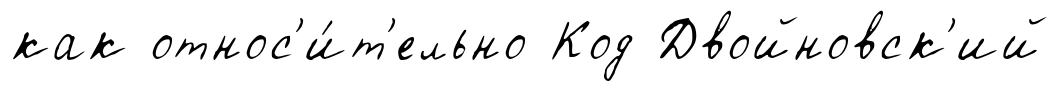
как относ'и́т'ельно Код Двойновск'ий